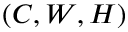
( C , W , H )